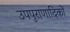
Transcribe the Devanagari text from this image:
उपपुराणादिकों